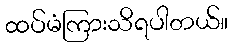
ထပ်မံကြားသိရပါတယ်။